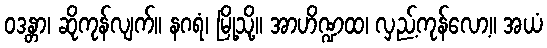
ဝဒန္တာ၊ ဆိုကုန်လျက်။ နဂရံ၊ မြို့သို့။ အာဟိဏ္ဍထ၊ လှည့်ကုန်လော့။ အယံ